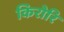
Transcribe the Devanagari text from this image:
किरोरि